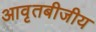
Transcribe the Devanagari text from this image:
आवृतबीजीय